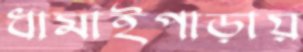
ধামাইপাড়ায়